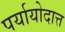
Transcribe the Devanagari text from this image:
पर्यायोदात्त